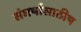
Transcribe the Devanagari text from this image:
संघर्षासाठीष